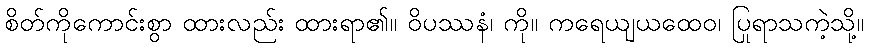
စိတ်ကိုကောင်းစွာ ထားလည်း ထားရာ၏။ ဝိပဿနံ၊ ကို။ ကရေယျယထေဝ၊ ပြုရာသကဲ့သို့။